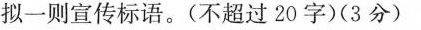
拟一则宣传标语。(不超过20字)(3分)